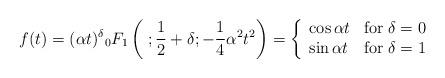
LaTeX: \begin{align*}f(t) = (\alpha t)^{\delta} {}_{0}F_{1}\left(\; ; \frac{1}{2} + \delta; - \frac{1}{4} \alpha^{2} t^{2}\right) = \left\{\begin{array}{ll}\cos \alpha t & \mbox{for}\; \delta = 0 \\\sin \alpha t & \mbox{for}\; \delta = 1 \\\end{array} \right. \end{align*}